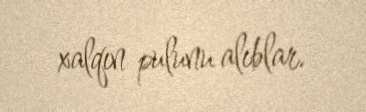
xalqın pulunu alıblar.